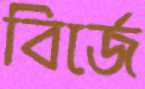
বির্জে